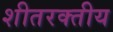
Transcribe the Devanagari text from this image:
शीतरक्तीय